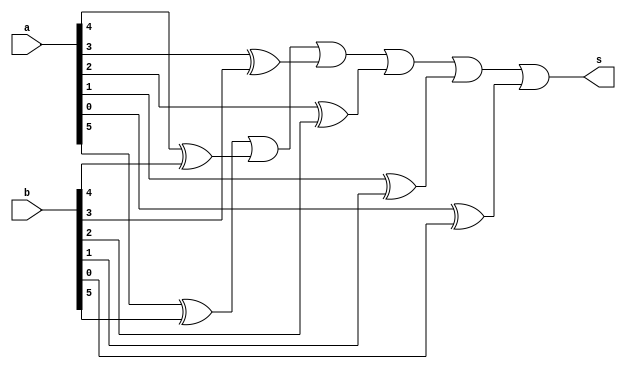
//ARQ1 - Eduardo Botelho de Andrade - 427395

module different (output s,
               input [5:0] a,
               input [5:0] b);

   wire w1,w2,w3,w4,w5,w6;

   xor xor1 (w1,a[5],b[5]);
   xor xor2 (w2,a[4],b[4]);
   xor xor3 (w3,a[3],b[3]);
   xor xor4 (w4,a[2],b[2]);
   xor xor5 (w5,a[1],b[1]);
   xor xor6 (w6,a[0],b[0]);
     or or1 (s,w1,w2,w3,w4,w5,w6);

endmodule

module testAlu;
  reg [5:0] a;
  reg [5:0] b;
  wire s;

  different df1 (s,a,b);

  initial begin
   a=6'b000000; b=6'b000000;
  end

  initial begin
    $display("Teste ALU - Eduardo Botelho");
    $display("s        a         b");
    $monitor("%b %b %b",s,a,b);

    #1 a=6'b000001;
    #1 a=6'b000011; b=6'b000001;
    #1 a=6'b000000; b=6'b001110;

  end
endmodule